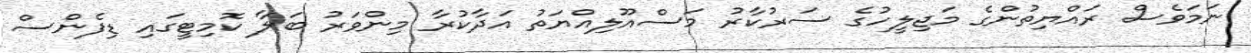
ނަމަވެސް ރައްޔިތުންގެ މަޖިލީހުގެ ސަރުކާރު މަސްއޫލިއްޔަތު އަދާކުރާ މިންވަރު ބަލާ ކޮމިޓީގައި ޑިފެންސް